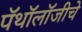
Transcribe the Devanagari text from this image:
पॅथॉलॉजीचे